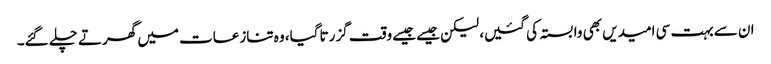
ان سے بہت سی امیدیں بھی وابستہ کی گئیں، لیکن جیسے جیسے وقت گزرتا گیا، وہ تنازعات میں گھرتے چلے گئے۔